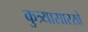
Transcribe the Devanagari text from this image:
कुत्र्यासारखे